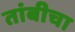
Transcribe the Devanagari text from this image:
तांबीचा